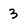
Character: 3